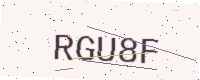
Text: RGU8F